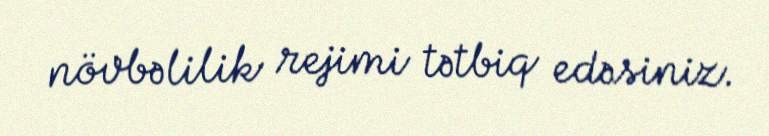
növbəlilik rejimi tətbiq edəsiniz.